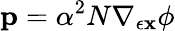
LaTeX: {\mathbf{p}}=\alpha^{2}N\nabla_{\epsilon{\mathbf{x}}}\phi